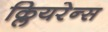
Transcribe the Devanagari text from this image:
क्लियरेन्स